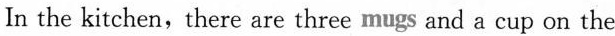
In the kitchen,there are three mugs and a cup on the